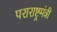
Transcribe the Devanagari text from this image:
पराराष्ट्रमंत्री